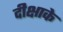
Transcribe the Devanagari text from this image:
दीक्षाके